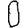
Digit: 0